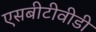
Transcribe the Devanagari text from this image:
एसबीटीवीडी